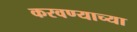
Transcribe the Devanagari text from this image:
करवण्याच्या